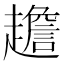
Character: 䟋